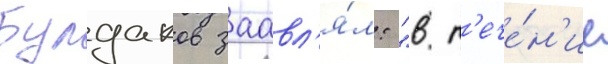
Булдаков заавл'я́л: "в т'ече́н'ие